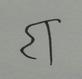
Signature authenticity: forged